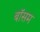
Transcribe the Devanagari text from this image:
बॉसम